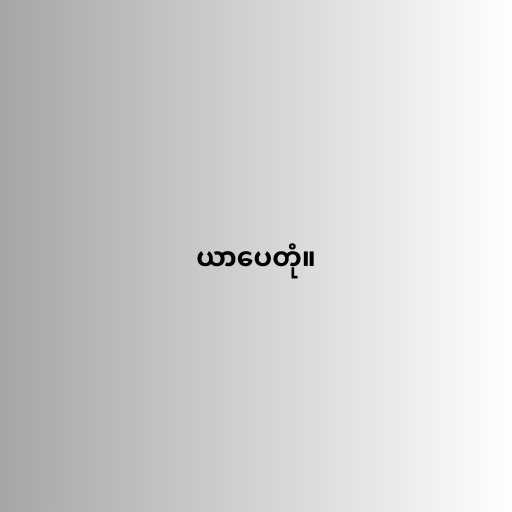
ယာပေတုံ။